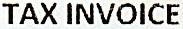
TAX INVOICE